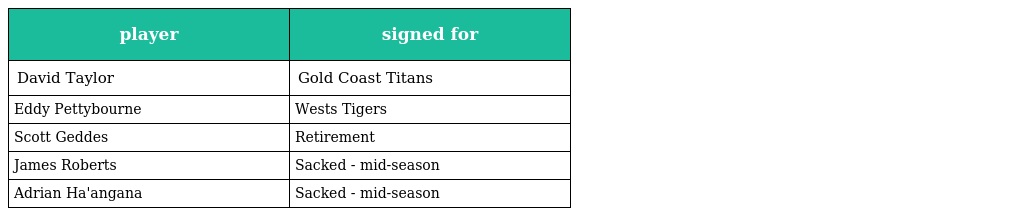
| player | signed for |
 | --- | --- |
 | David Taylor | Gold Coast Titans |
 | Eddy Pettybourne | Wests Tigers |
 | Scott Geddes | Retirement |
 | James Roberts | Sacked - mid-season |
 | Adrian Ha'angana | Sacked - mid-season |